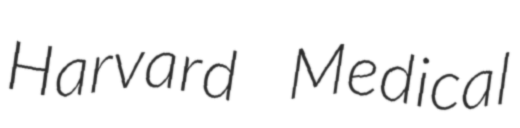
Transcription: Harvard Medical